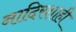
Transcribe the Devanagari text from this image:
नादिरशाही